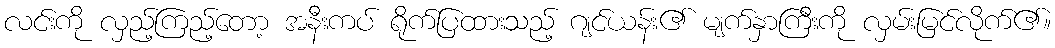
လင်းကို လှည့်ကြည့်တော့ အနီးကပ် ရိုက်ပြထားသည့် ဂျင်ယန်း၏ မျက်နှာကြီးကို လှမ်းမြင်လိုက်၏။